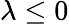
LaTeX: \lambda\leq 0